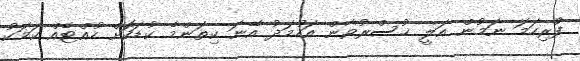
ފުރިހަމަ ނަމުން އަލީ ޚުސްރުވާން އަހުމަދު އޭނަ ކިތަންމެ ކުޑަކޮށް ހުއްޓެއް ކަމަކު